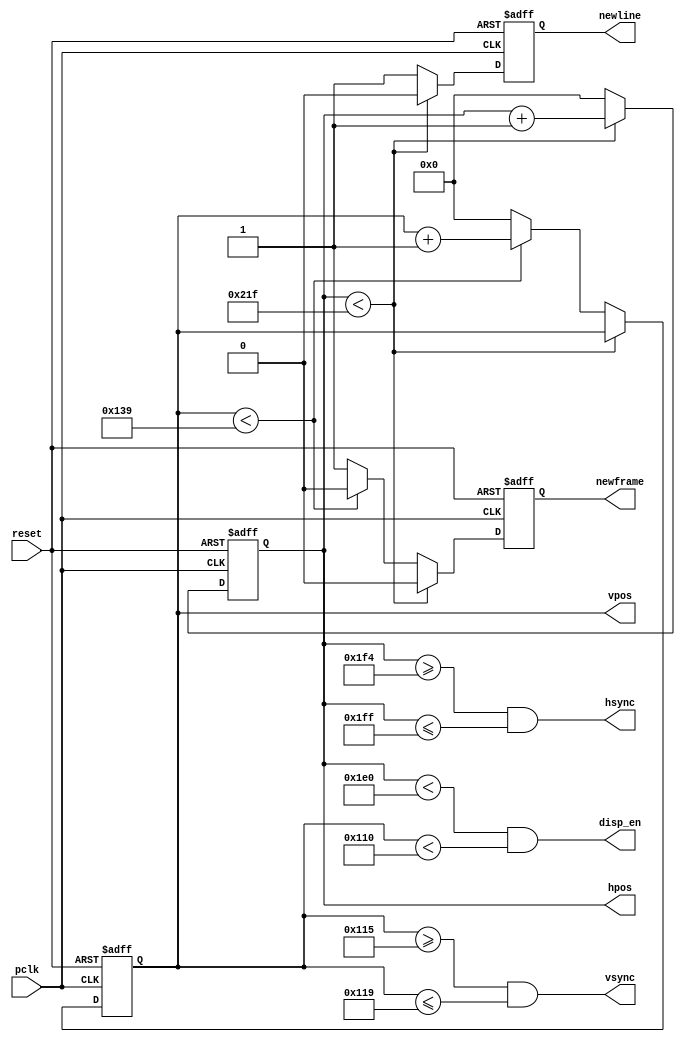
/* Horizontal / Vertical Sync Generator. The local parameters defined are for
   a 480272 LCD screen.  This should probably work for VGA if you adjust
   the parameters accordingly and invert logic for hsync and vsync signals. */
`ifndef HVSYNC_H
 `define HVSYNC_H

module hvsync(input 	       pclk,
	      input 	       reset,
	      output 	       hsync,
	      output 	       vsync,
	      output 	       disp_en,
	      output reg [16:0] hpos,
	      output reg [16:0] vpos,
	      output reg       newframe,
	      output reg       newline
	      );

   localparam H_DISPLAY = 480;	// horizontal display width
   localparam H_BACK = 32;	// left border (back porch)
   localparam H_FRONT = 20;	// right border (front porch)
   localparam H_SYNC = 12;	// horizontal sync width

   localparam V_DISPLAY = 272;	// vertical display height
   localparam V_TOP = 32;	// vertical top border
   localparam V_BOTTOM = 5;	// vertical bottom border
   localparam V_SYNC = 5;	// vertical sync # lines

   localparam H_SYNC_START = H_DISPLAY + H_FRONT;
   localparam H_SYNC_END = H_DISPLAY + H_FRONT + H_SYNC - 1;
   localparam H_MAX = H_DISPLAY + H_BACK + H_FRONT + H_SYNC - 1;

   localparam V_SYNC_START = V_DISPLAY + V_BOTTOM;
   localparam V_SYNC_END = V_DISPLAY + V_BOTTOM + V_SYNC - 1;
   localparam V_MAX = V_DISPLAY + V_TOP + V_BOTTOM + V_SYNC - 1;

   assign hsync = ((hpos >= H_SYNC_START) && (hpos <= H_SYNC_END));
   assign vsync = ((vpos >= V_SYNC_START) && (vpos <= V_SYNC_END));
   assign disp_en = (hpos < H_DISPLAY) && (vpos < V_DISPLAY);

   always @(posedge pclk or negedge reset)
     begin
	newframe <= 0;
	newline <= 0;		    
	if (!reset) begin
	   hpos <= 0;
	   vpos <= 0;
	   newframe <= 1;
	   newline <= 1;
	end else if (hpos < H_MAX) begin
	   hpos <= hpos + 1;
	end else begin
	   hpos <= 0;
	   newline <= 1;
	   if (vpos < V_MAX) begin
	      vpos <= vpos + 1;
	   end else begin
	      vpos <= 0;
	      newframe <= 1;
	   end
	end
     end

endmodule // hvsync

`endif //  `ifndef HVSYNC_H